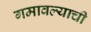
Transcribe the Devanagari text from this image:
गमावल्याची